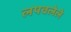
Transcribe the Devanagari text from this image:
लपवलेले